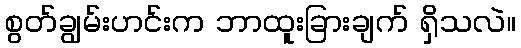
စွတ်ချွမ်းဟင်းက ဘာထူးခြားချက် ရှိသလဲ။